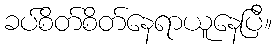
ခပ်စိတ်စိတ်နေရာယူနေပြီ။